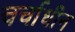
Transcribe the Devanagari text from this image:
चर्चाधीन